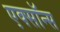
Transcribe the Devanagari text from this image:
एक्सॉन्स